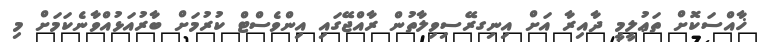
ޚާއްސަކޮށް ތަޢުލީމީ ދާއިރާ އަށް އިނިގރޭސިވިލާތުން ރާއްޖޭގައި އިންވެސްޓް ކުރުމަށް ބާރުއަޅުއްވާނެކަމަށް މި